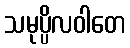
သမုပ္ပိလဝါတေ